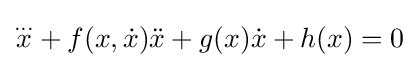
{\overset {...}{x}}+f(x,{\dot {x}}){\ddot {x}}+g(x){\dot {x}}+h(x)=0